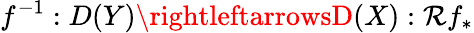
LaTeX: f^{-1}:D(Y)\rightleftarrowsD(X):\mathcal{R}f_{*}